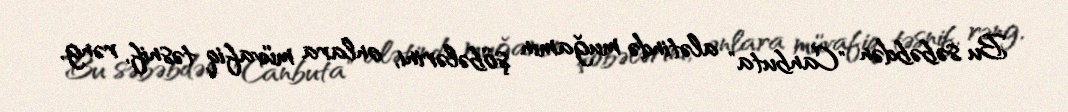
Bu səbəbdən "Canbuta" alətində muğamın şöbələrini, onlara müvafiq təsnif, rəng,